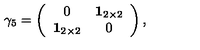
\gamma _ { 5 } = \left( \begin{array} { c c } { 0 } & { { \mathbf 1 } _ { 2 \times 2 } } \\ { { \mathbf 1 } _ { 2 \times 2 } } & { 0 } \\ \end{array} \right) ,